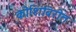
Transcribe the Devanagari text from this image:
कोशिंबिरीत